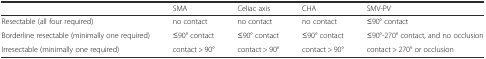
|  | SMA | Celiac axis | CHA | SMV-PV |
 | --- | --- | --- | --- | --- |
 | Resectable (all four required) | no contact | no contact | no contact | ≤90° contact |
 | Borderline resectable (minimally one required) | ≤90° contact | ≤90° contact | ≤90° contact | ≤90°-270° contact, and no occlusion |
 | Irresectable (minimally one required) | contact > 90° | contact > 90° | contact > 90° | contact > 270° or occlusion |